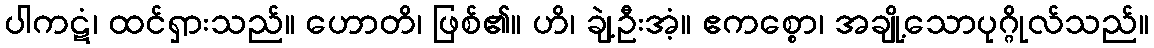
ပါကဋံ၊ ထင်ရှားသည်။ ဟောတိ၊ ဖြစ်၏။ ဟိ၊ ချဲ့ဦးအံ့။ ဧကစ္စော၊ အချို့သောပုဂ္ဂိုလ်သည်။